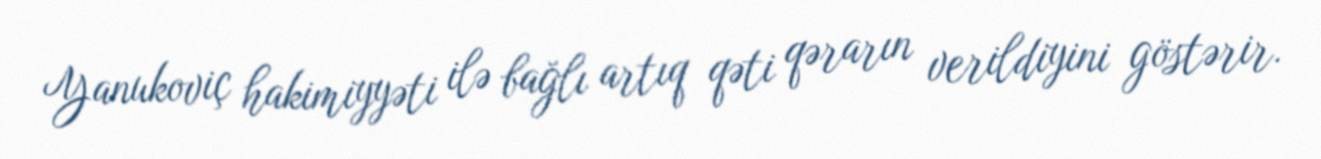
Yanukoviç hakimiyyəti ilə bağlı artıq qəti qərarın verildiyini göstərir.